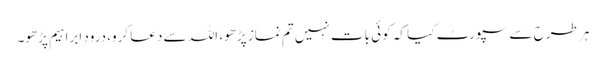
ہر طرح سے سپورٹ کیا کہ کوئی بات نہیں تم نماز پڑھو، اللہ سے دعا کرو، درودِ ابراہیم پڑھو۔